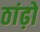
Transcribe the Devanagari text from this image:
ठांढ़ो